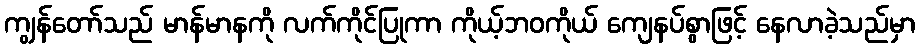
ကျွန်တော်သည် မာန်မာနကို လက်ကိုင်ပြုကာ ကိုယ့်ဘဝကိုယ် ကျေနပ်စွာဖြင့် နေလာခဲ့သည်မှာ